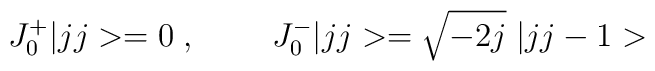
J^+_0|jj>=0\; ,\;\;\;\;\;\;\;\; J^-_0|jj>=\sqrt{-2j}\;|jj-1>